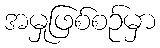
အမှုဖြစ်စဉ်မှာ